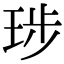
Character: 㻉